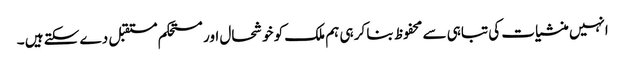
انہیں منشیات کی تباہی سے محفوظ بنا کر ہی ہم ملک کو خوشحال اور مستحکم مستقبل دے سکتے ہیں ۔